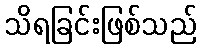
သိရခြင်းဖြစ်သည်